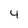
Character: 4